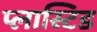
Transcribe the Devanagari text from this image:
प्लास्टिड